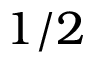
1 / 2